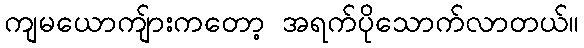
ကျမယောကျ်ားကတော့ အရက်ပိုသောက်လာတယ်။